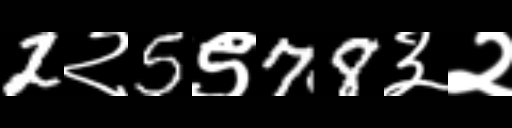
Text: 2२5९78३२